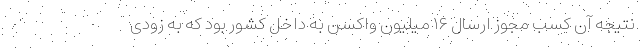
نتیجه آن کسب مجوز ارسال ۱۶ میلیون واکسن به داخل کشور بود که به زودی